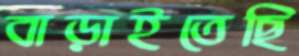
বাড়াইতেছি